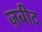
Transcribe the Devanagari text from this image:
ज़बीद